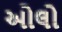
ઓલો